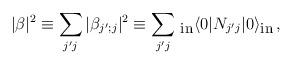
LaTeX: \begin{align*}|\beta |^2\equiv\sum_{j'j}|\beta_{j';j}|^2\equiv\sum_{j'j}\, _{\mbox{\small in}}\langle 0|N_{j'j}|0\rangle_{\mbox{\small in}}\, ,\end{align*}